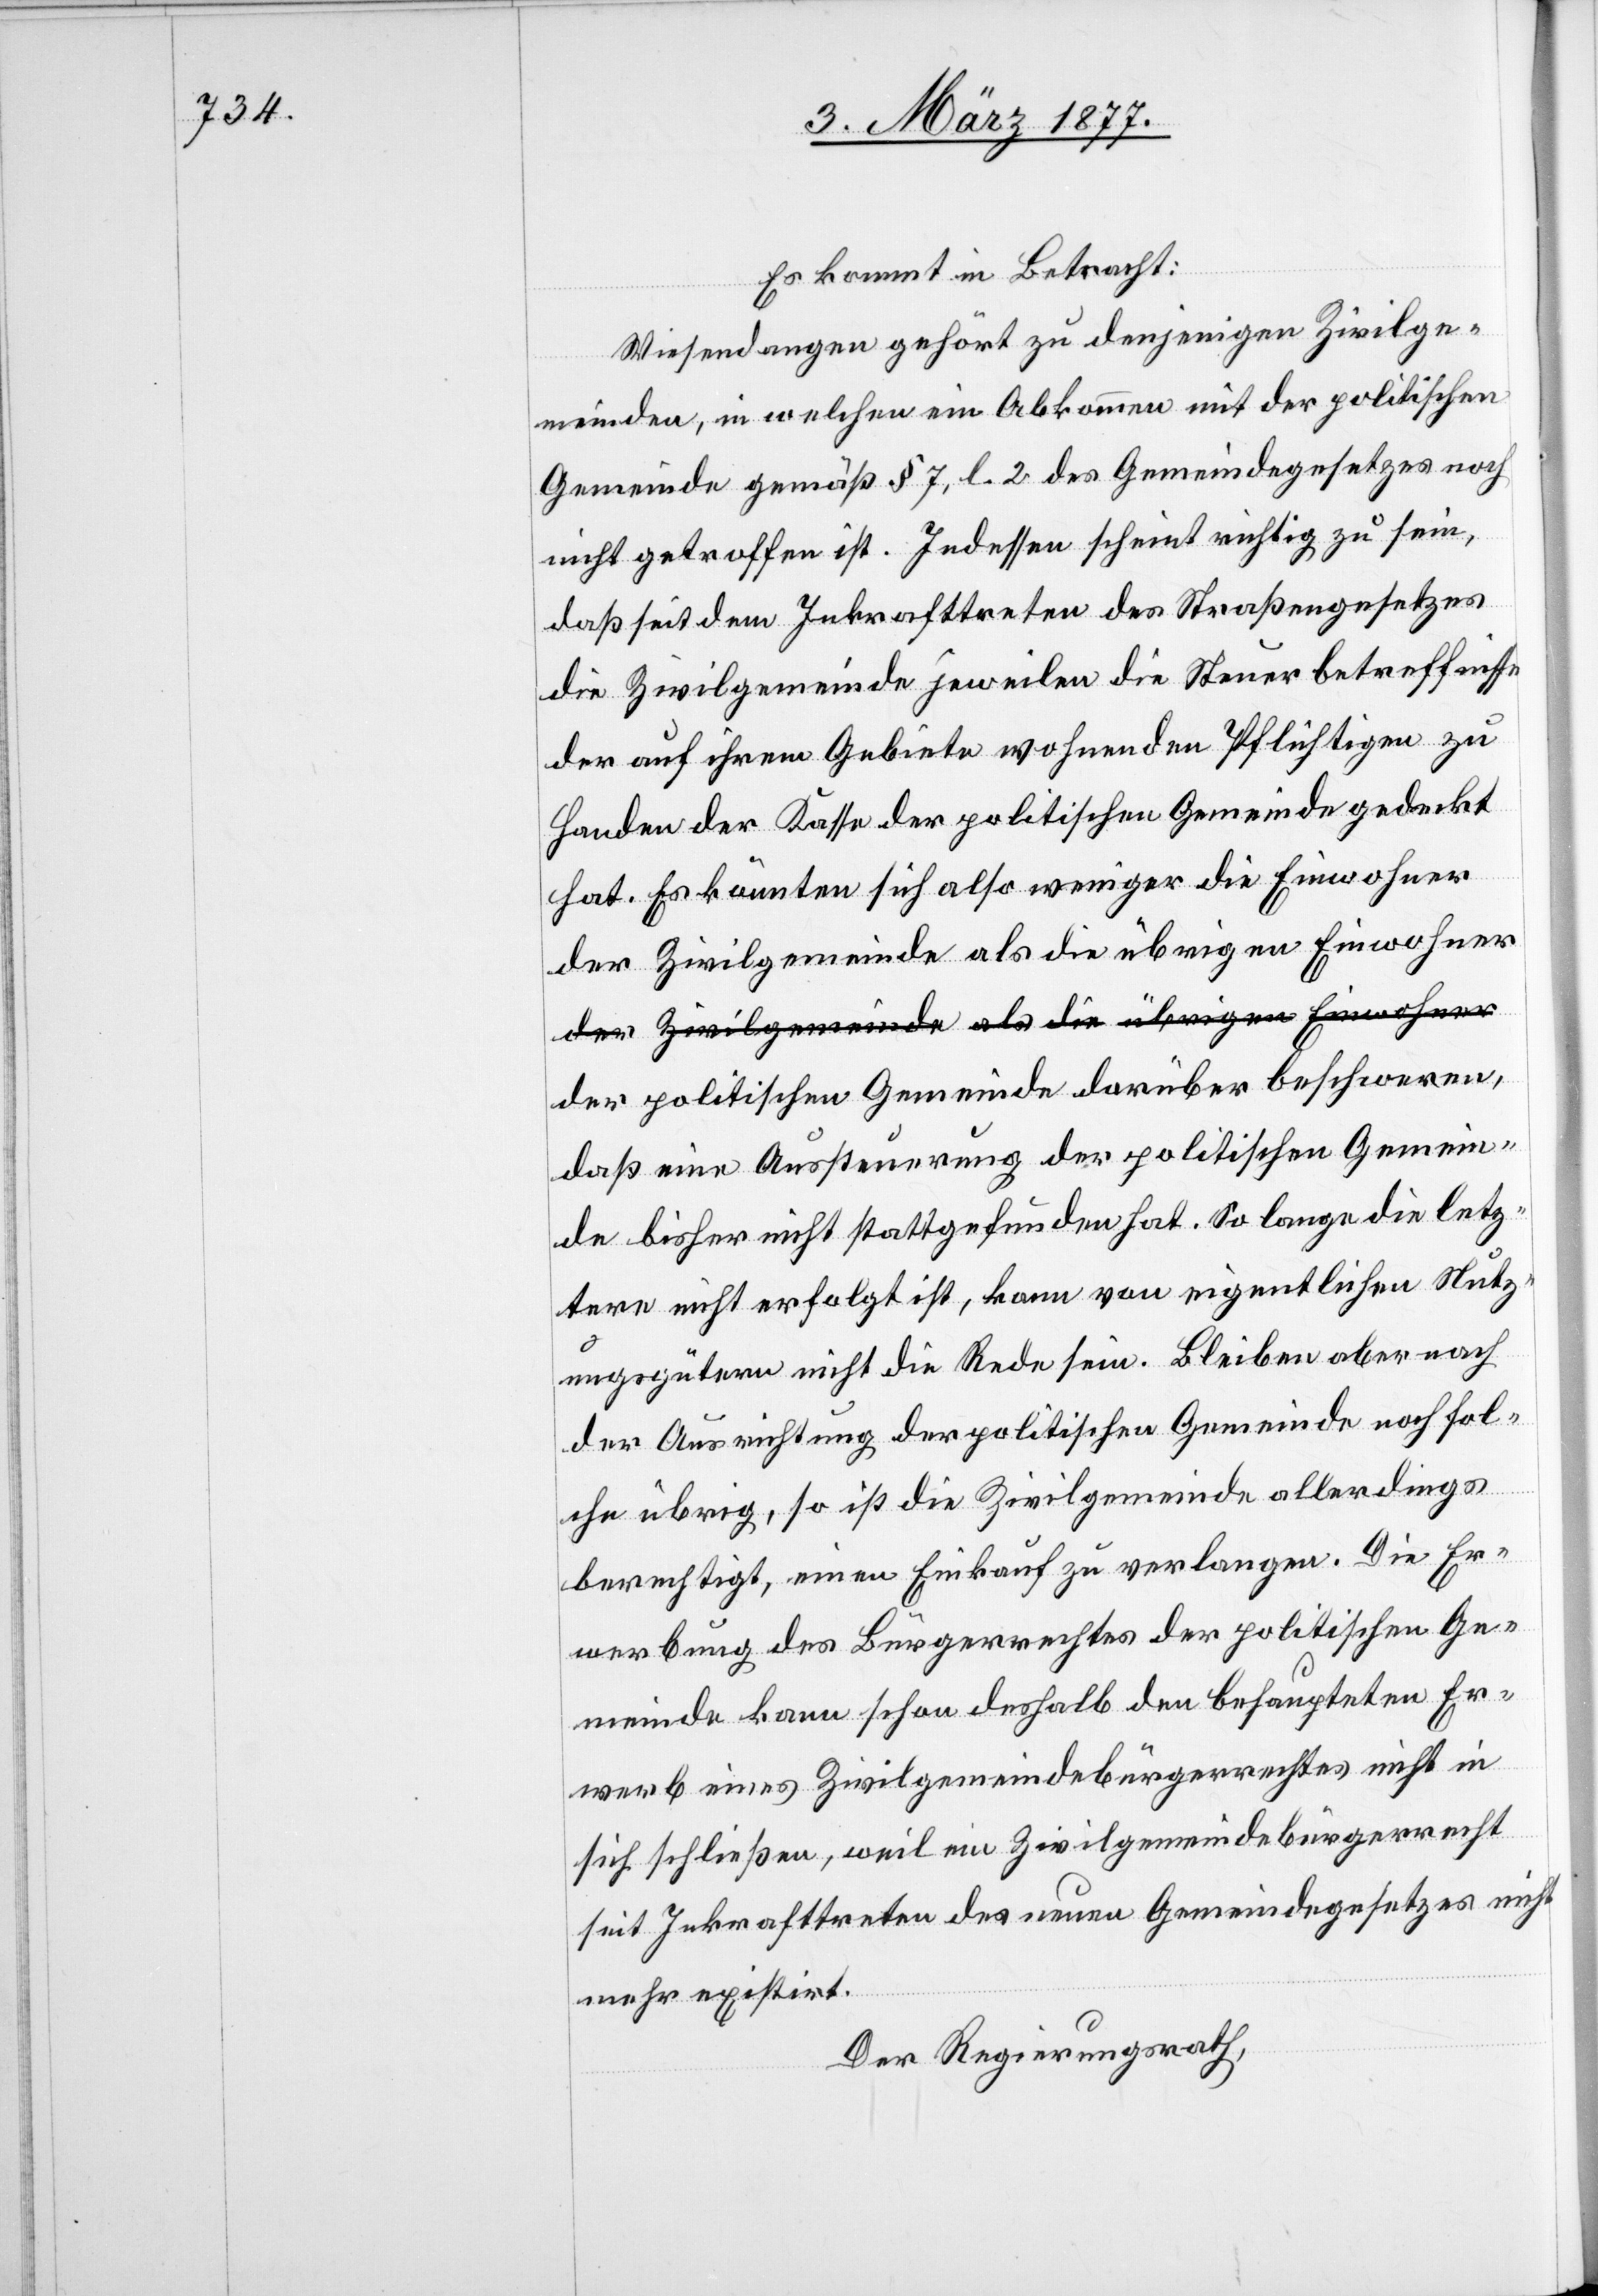
Es kommt in Betracht:
Wiesendangen gehört zu denjenigen Zivilge¬
meinden, in welchen ein Abkommen mit der politischen
Gemeinde gemäß § 7, l. 2 des Gemeindegesetzes noch
nicht getroffen ist. Indessen scheint richtig zu sein,
daß seit dem Inkrafttreten des Straßengesetzes
die Zivilgemeinde jeweilen die Steuerbetreffnisse
der auf ihrem Gebiete wohnenden Pflichtigen zu
Handen der Kasse der politischen Gemeinde gedeckt
hat. Es könnten sich also weniger die Einwohner
der Zivilgemeinde als die übrigen Einwohner
a-der Zivilgemeinde als die übrigen Einwohner-a
der politischen Gemeinde darüber beschweren,
daß eine Aussteuerung der politischen Gemein¬
de bisher nicht stattgefunden hat. So lange die letz¬
tere nicht erfolgt ist, kann von eigentlichen Nutz¬
ungsgütern nicht die Rede sein. Bleiben aber nach
der Ausrichtung der politischen Gemeinde noch folche
solche] übrig, so ist die Zivilgemeinde allerdings
berechtigt, einen Einkauf zu verlangen. Die Er¬
werbung des Bürgerrechtes der politischen Ge¬
meinde kann schon deshalb den behaupteten Er¬
werb eines Zivilgemeindebürgerrechtes nicht in
sich schließen, weil ein Zivilgemeindebürgerrecht
seit Inkrafttreten des neuen Gemeindegesetzes nicht
mehr existirt.
Der Regierungsrath,